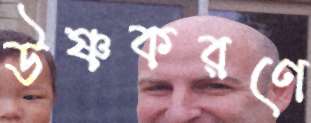
উষ্ণকরণে